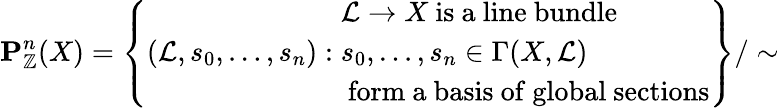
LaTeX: \mathbf{P}_{\mathbb{Z}}^{n}(X)=\left\{ ({\mathcal{L}},s_{0},\ldots,s_{n}):{\begin{array}{l}{{\mathcal{L}}\to X{\mathrm{~is~a~line~bundle}}}\\ {s_{0},\ldots,s_{n}\in\Gamma(X,{\mathcal{L}})}\\ {{\mathrm{~form~a~basis~of~global~sections}}}\end{array}}\right\} /\sim